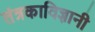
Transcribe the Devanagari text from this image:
तंत्रकाविज्ञानी